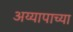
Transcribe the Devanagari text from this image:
अय्यापाच्या